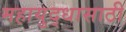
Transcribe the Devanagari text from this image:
महायुद्धासाठी